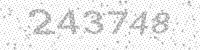
Solution: 243748